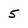
Character: 5